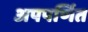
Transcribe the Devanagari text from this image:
अपपर्णित